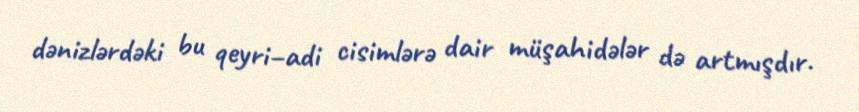
dənizlərdəki bu qeyri–adi cisimlərə dair müşahidələr də artmışdır.